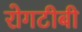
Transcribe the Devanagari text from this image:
रोगटीबी